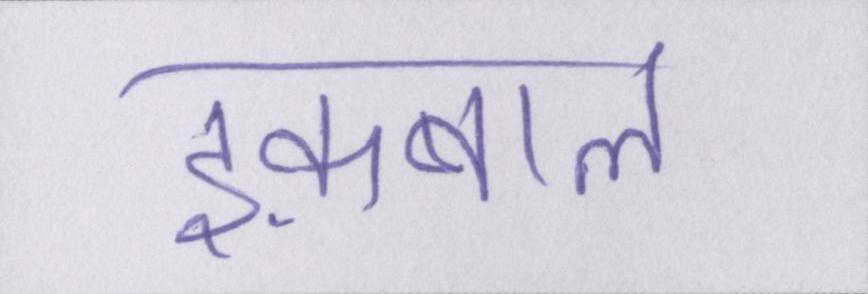
इक़बाल